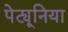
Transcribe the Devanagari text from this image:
पेट्यूनिया